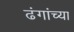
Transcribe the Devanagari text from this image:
ढंगांच्या